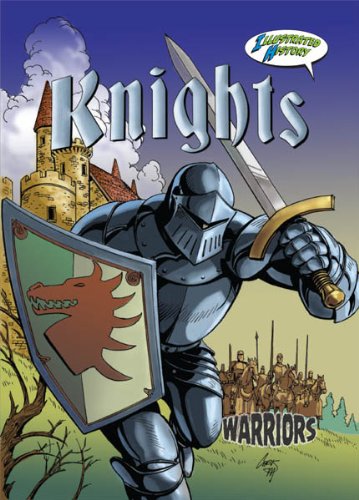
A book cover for Knights (Warriors Graphic Illustrated); Joanne Mattern; Children's Books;